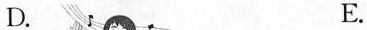
D. E.